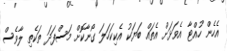
އެހެން ހުއްޓާ އެވަޅަށް އެތައް ބަޔަކު އެކިކަހަލަ ގޯނާކޮށް މަސްފަދަ ތަކެތި ލާވެސް